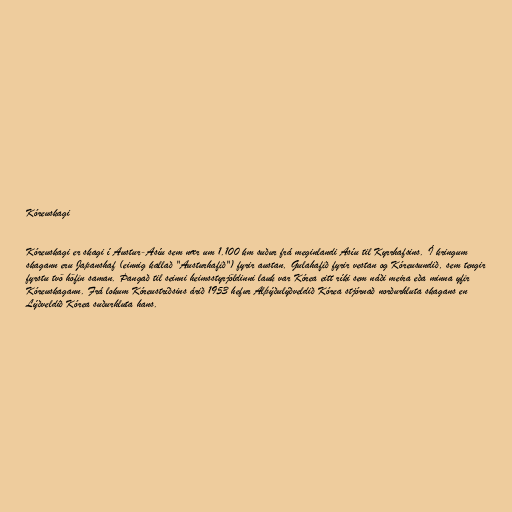
Kóreuskagi

Kóreuskagi er skagi í Austur-Asíu sem nær um 1.100 km suður frá meginlandi Asíu til Kyrrhafsins. Í kringum
skagann eru Japanshaf (einnig kallað "Austurhafið") fyrir austan, Gulahafið fyrir vestan og Kóreusundið, sem tengir
fyrstu tvö höfin saman. Þangað til seinni heimsstyrjöldinni lauk var Kórea eitt ríki sem náði meira eða minna yfir
Kóreuskagann. Frá lokum Kóreustríðsins árið 1953 hefur Alþýðulýðveldið Kórea stjórnað norðurhluta skagans en
Lýðveldið Kórea suðurhluta hans.